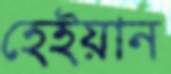
হেইয়ান